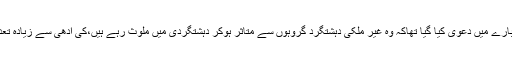
رپورٹ میں کہا گیاکہ ایسے 82 افراد جن کے بارے میں دعوی کیا گیا تھاکہ وہ غیر ملکی دہشتگرد گروہوں سے متاثر ہوکر دہشتگردی میں ملوث رہے ہیں،کی آدھی سے زیادہ تعداد، امریکی شہری اور امریکا ہی میں پیدا ہوئی۔